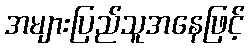
အများပြည်သူအနေဖြင့်